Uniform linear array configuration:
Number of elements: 32
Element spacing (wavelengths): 0.5
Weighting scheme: hann
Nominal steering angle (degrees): -15
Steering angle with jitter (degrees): -16.244
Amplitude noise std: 0.05
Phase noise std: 0.05

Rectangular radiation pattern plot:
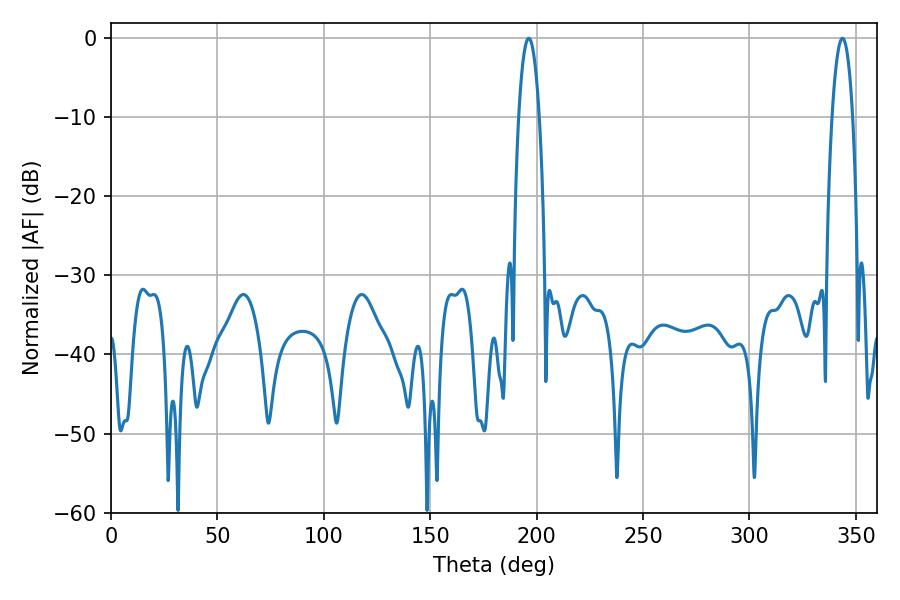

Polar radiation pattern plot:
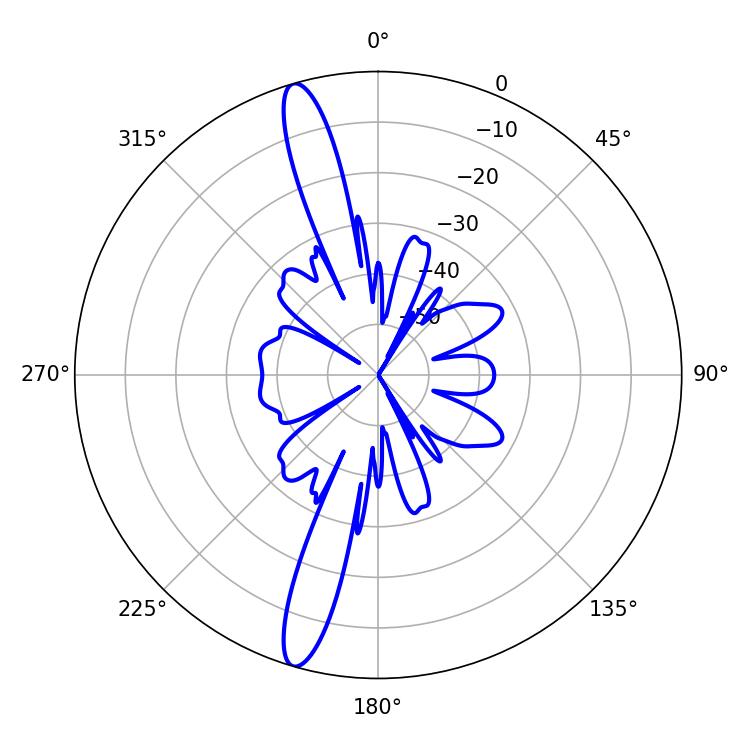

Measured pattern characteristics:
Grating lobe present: FALSE
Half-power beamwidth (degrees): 5.4
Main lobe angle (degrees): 196.2